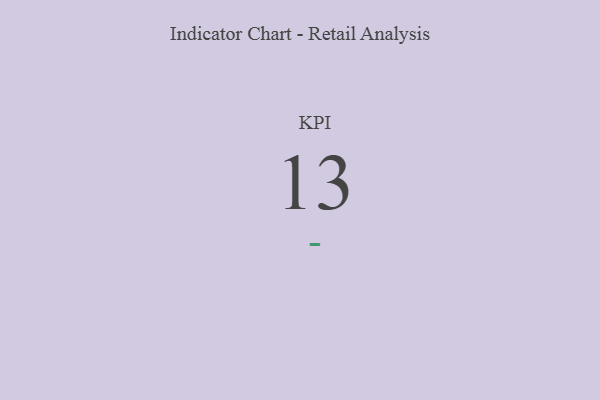
{"axis": {"x": "KPI", "y": "Value"}, "legend": [""], "data": [{"x": "KPI", "y": 13, "type": ""}]}